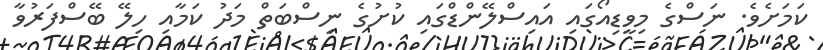
ކަމަށެވެ. ނަސްގެ މިވީޑިއޯގައި އައިސްލޭންޑްގައި ކުށުގެ ނިސްބަތް މަދު ކަމާއި ހިލޭ ބޭސްފަރުވާ